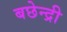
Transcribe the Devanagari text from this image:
बछेन्द्री